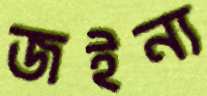
জইন্য